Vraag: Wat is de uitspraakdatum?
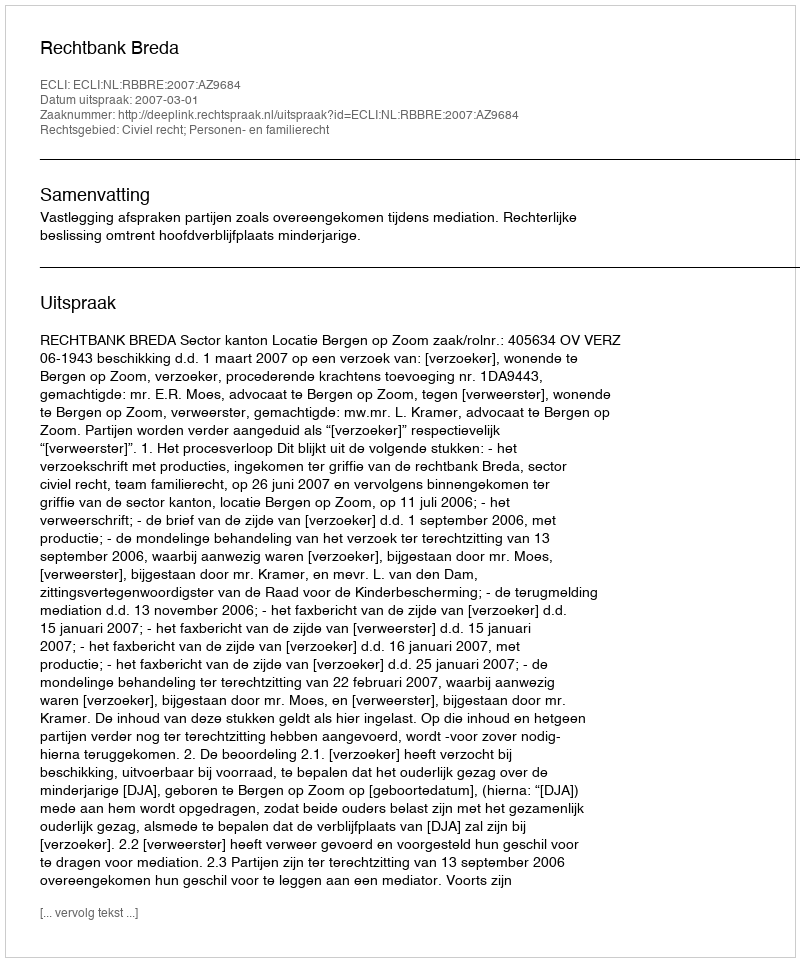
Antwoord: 2007-03-01